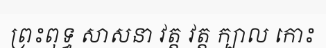
ព្រះពុទ្ធ សាសនា វត្ត វត្ត ក្បាល កោះ